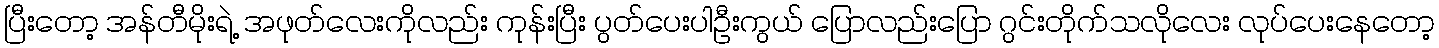
ပြီးတော့ အန်တီမိုးရဲ့ အဖုတ်လေးကိုလည်း ကုန်းပြီး ပွတ်ပေးပါဦးကွယ် ပြောလည်းပြော ဂွင်းတိုက်သလိုလေး လုပ်ပေးနေတော့